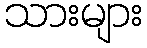
သားများ